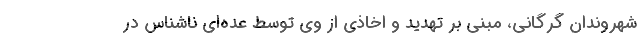
شهروندان گرگانی، مبنی بر تهدید و اخاذی از وی توسط عده‌ای ناشناس در